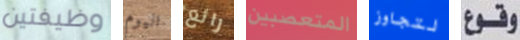
وظيفتين اليوم رائع المتعصبين لتجاوز وقوع